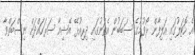
އެ ހޮޓަލުގައި އަލިފާން ރޯވުމުގެ ސަބަބުން އެތަނުގައި ދިރިއުޅޭ އޭޝިއާ ސަރަހައްދަށް ނިސްބަތްވާ